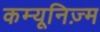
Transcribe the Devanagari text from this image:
कम्यूनिज़्म